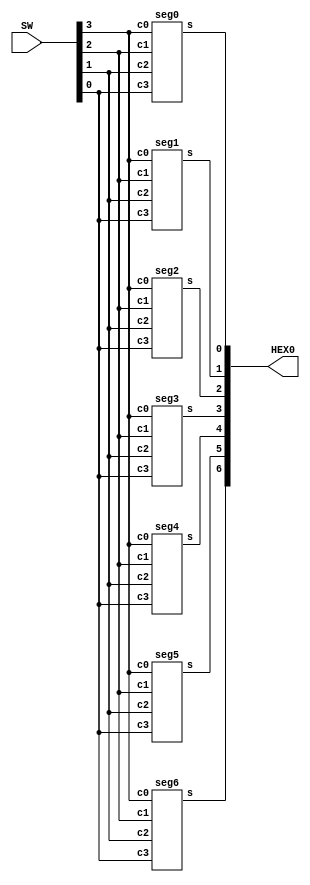

module hexdecoder(input[3:0] SW,output[6:0] HEX0);
	seg0 s0(SW[3],SW[2],SW[1],SW[0],HEX0[0]);
	seg1 s1(SW[3],SW[2],SW[1],SW[0],HEX0[1]);
	seg2 s2(SW[3],SW[2],SW[1],SW[0],HEX0[2]);
	seg3 s3(SW[3],SW[2],SW[1],SW[0],HEX0[3]);
	seg4 s4(SW[3],SW[2],SW[1],SW[0],HEX0[4]);
	seg5 s5(SW[3],SW[2],SW[1],SW[0],HEX0[5]);
	seg6 s6(SW[3],SW[2],SW[1],SW[0],HEX0[6]);
endmodule

module seg0(input c0,c1,c2,c3,output s);
  assign s = ~(~c1&~c3|c3&~c0&c1|c2&~c0|c1&c2|c0&~c3|c0&~c1&~c2);
endmodule

module seg1(input c0,c1,c2,c3,output s);
  assign s = ~(~c0&~c1|~c1&~c3|~c0&c2&c3|~c0&~c2&~c3|c0&~c2&c3);
endmodule

module seg2(input c0,c1,c2,c3,output s);
  assign s = ~(~c0&~c2|~c0&c3|~c2&c3|~c0&c1|c0&~c1);
endmodule

module seg3(input c0,c1,c2,c3,output s);
  assign s = ~(~c0&~c1&~c3|~c0&~c1&c2|c1&~c2&c3|c1&c2&~c3|c0&~c2|c0&~c1&c3);
endmodule

module seg4(input c0,c1,c2,c3,output s);
  assign s = ~((c1|c2|~c3)&(c0|~c3)&(c0|~c1|c2));
endmodule

module seg5(input c0,c1,c2,c3,output s);
  assign s = ~(~c2&~c3|~c0&c1&~c2|c0&~c1|c0&c2|c1&c2&~c3);
endmodule

module seg6(input c0,c1,c2,c3,output s);
  assign s = ~(~c0&c1&~c2|~c0&~c1&c2|c2&~c3|c0&~c1|c0&c3|c0&c2);
endmodule